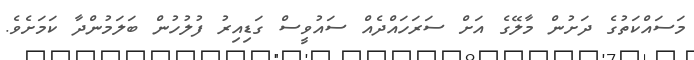
މަސައްކަތުގެ ދަށުން މާލޭގެ އަށް ސަރަހައްދެއް ސައުވީސް ގަޑިއިރު ފުލުހުން ބަލަމުންދާ ކަމަށެވެ.